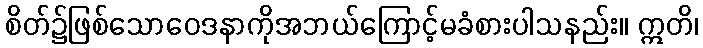
စိတ်၌ဖြစ်သောဝေဒနာကိုအဘယ်ကြောင့်မခံစားပါသနည်း။ ဣတိ၊